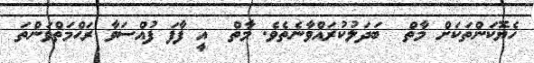
ހެޔޮކަންތަކަށް މާތް  ބަދަލުކުރައްވާނެތެވެ. މާތް  އީ ފާފަ ފުއްސަވާ ރަޙްމަތްވަންތަ